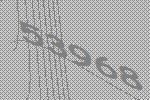
53968